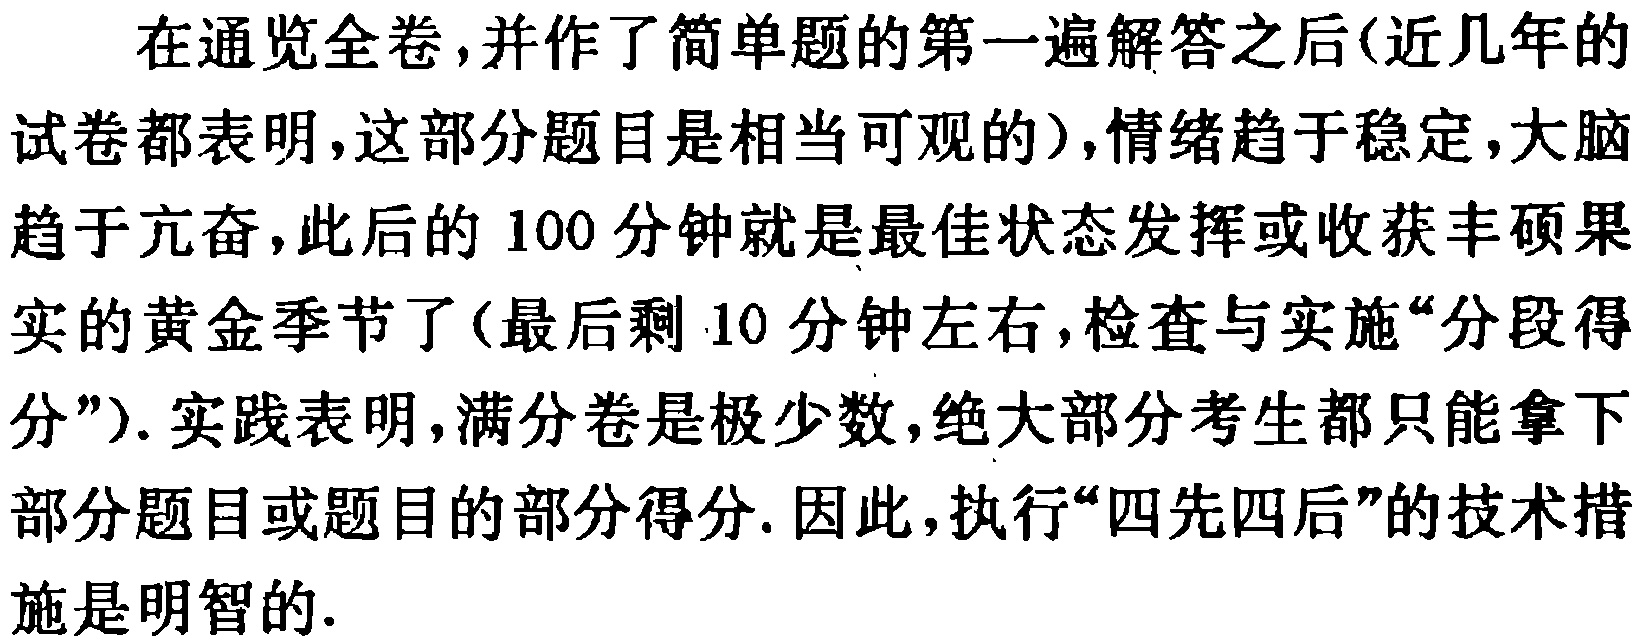
在通览全卷,并作了简单题的第一遍解答之后(近几年的
试卷都表明,这部分题目是相当可观的),情绪趋于稳定,大脑
趋于亢奋,此后的 100 分钟就是最佳状态发挥或收获丰硕果
实的黄金季节了(最后剩 10 分钟左右,检查与实施“分段得
分”). 实践表明,满分卷是极少数,绝大部分考生都只能拿下
部分题目或题目的部分得分. 因此,执行“四先四后”的技术措
施是明智的.